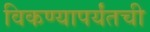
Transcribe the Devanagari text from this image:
विकण्यापर्यंतची